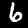
Label: 6